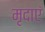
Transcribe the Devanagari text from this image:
मृदाएं